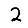
Digit: 2